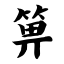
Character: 箅